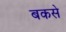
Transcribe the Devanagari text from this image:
बकसे